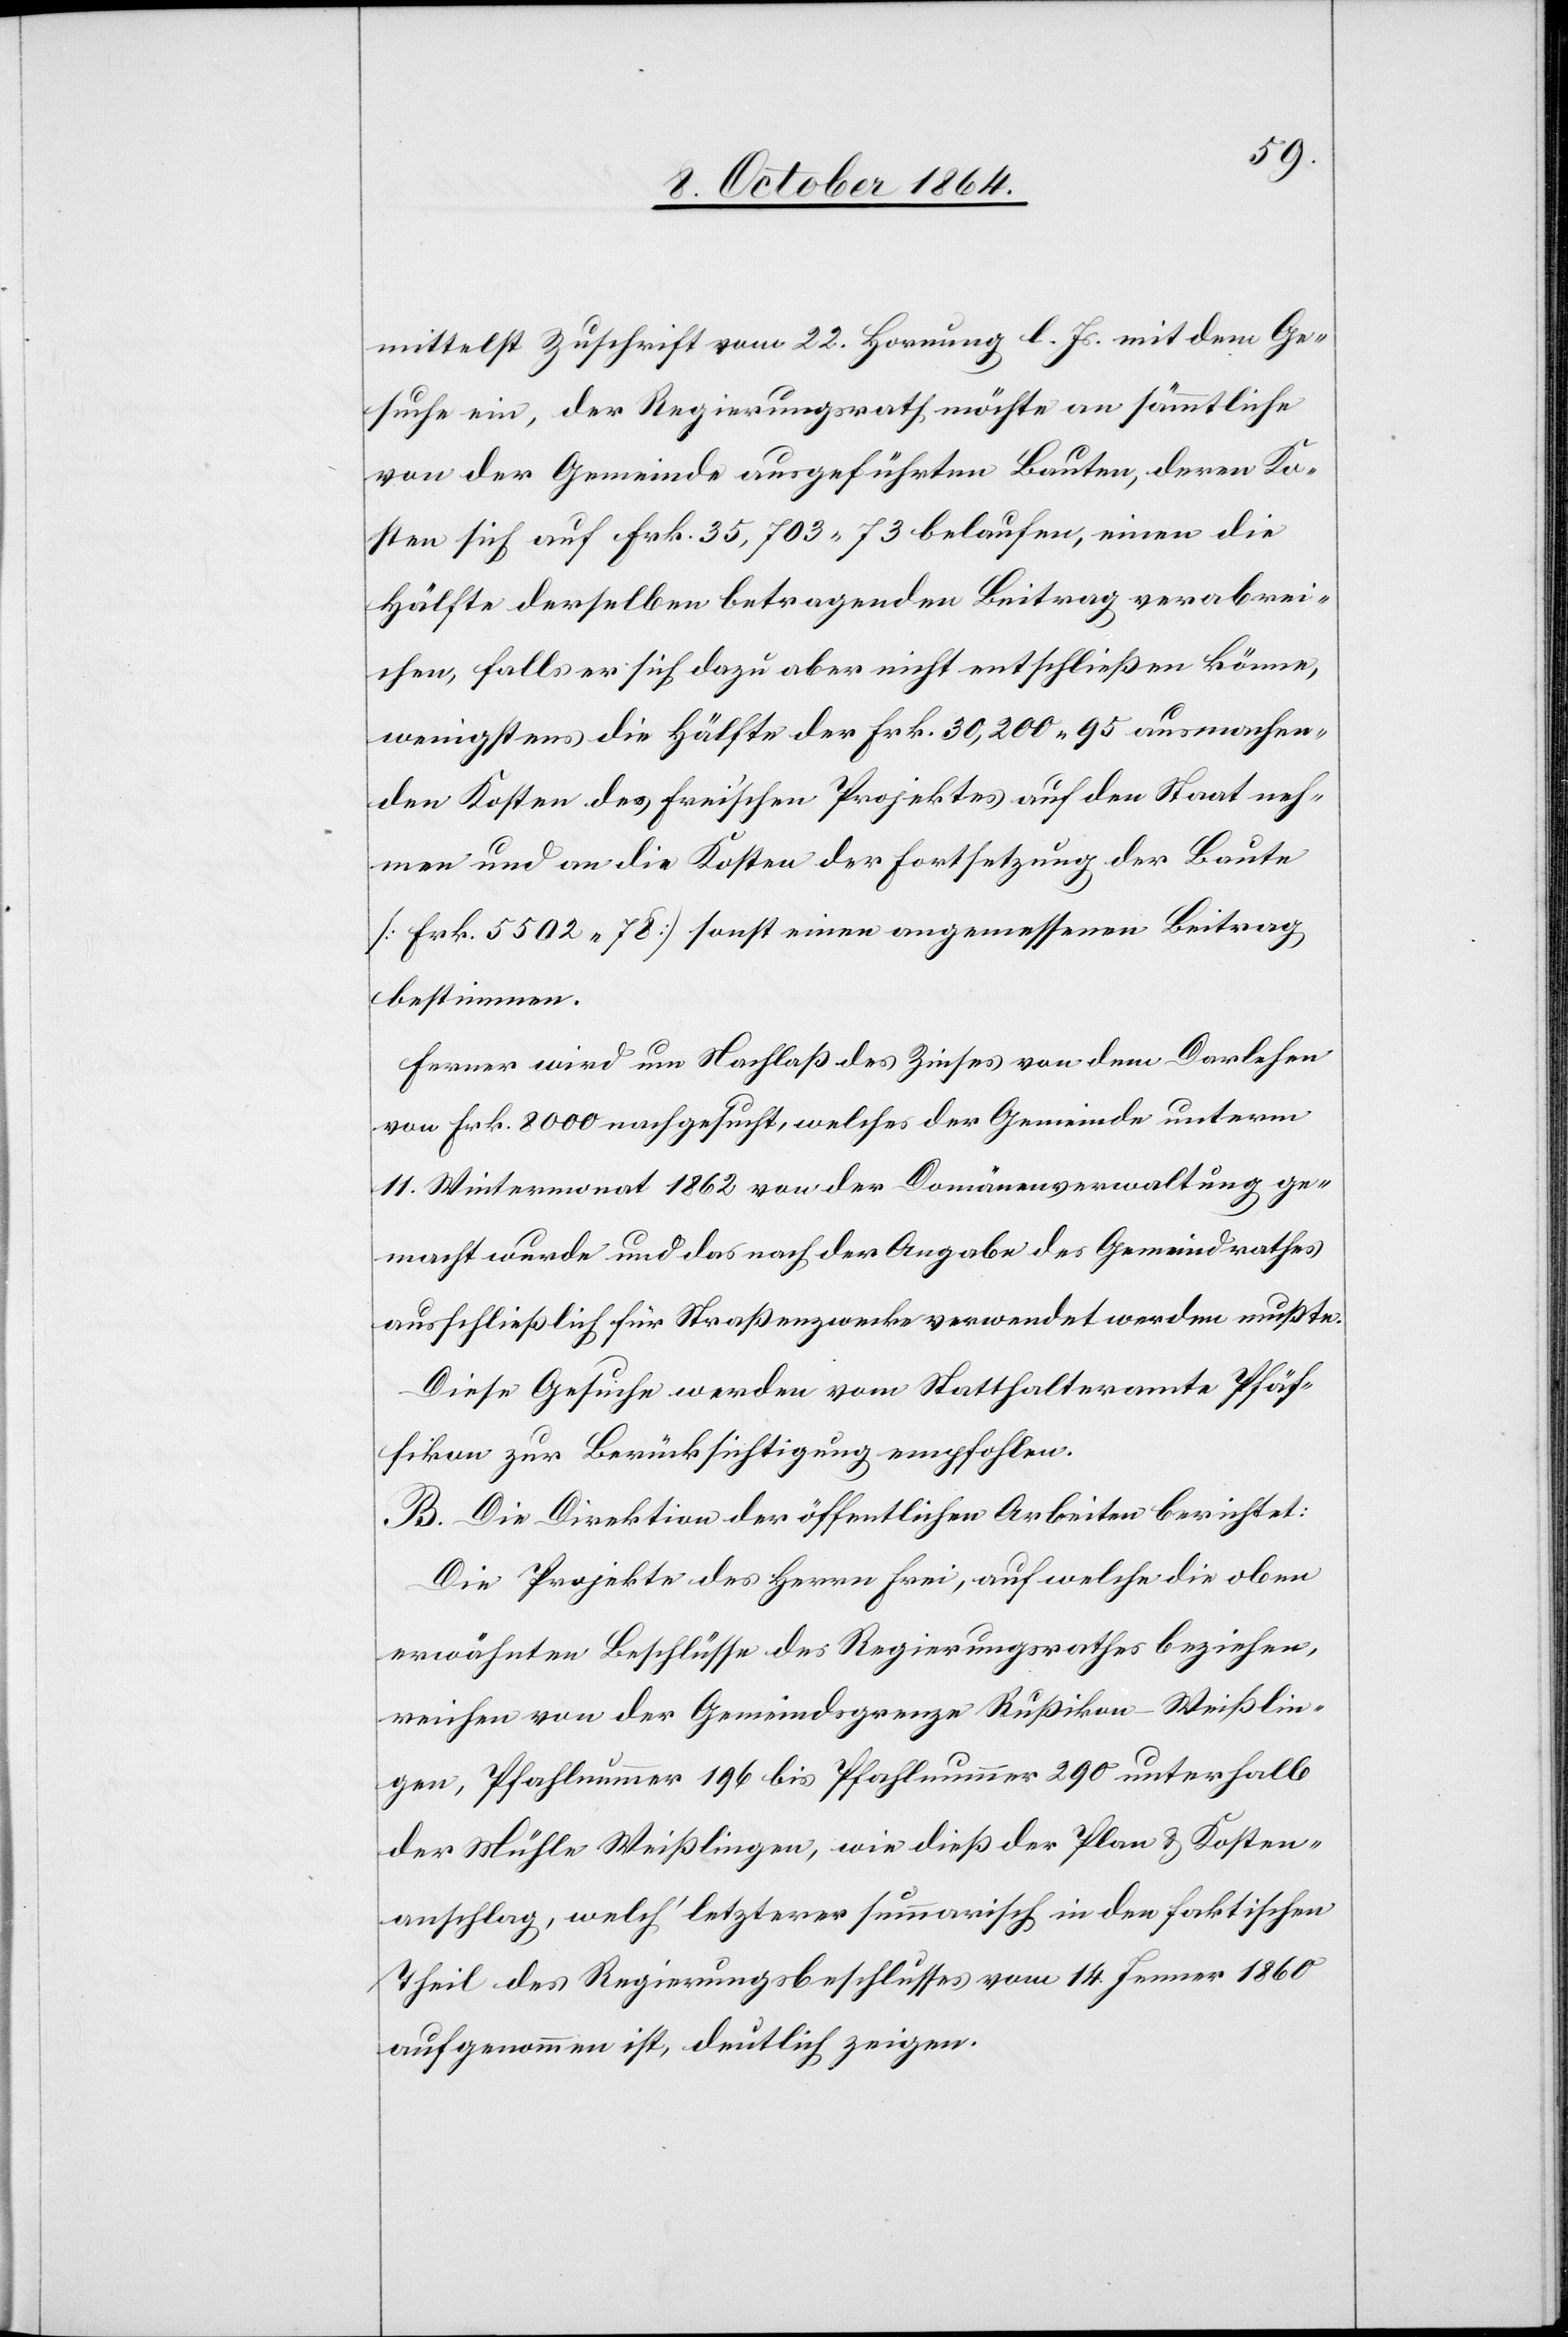
mittelst Zuschrift vom 22. Hornung l. Js. mit dem Ge¬
suche ein, der Regierungsrath möchte an sämmtliche
von der Gemeinde ausgeführten Bauten, deren Ko¬
sten sich auf Frk. 35,703.73 belaufen, einen die
Hälfte derselben betragenden Beitrag verabrei¬
chen, falls er sich dazu aber nicht entschließen könne,
wenigstens die Hälfte der Frk. 30,200.95 ausmachen¬
den Kosten des Frei’schen Projectes auf den Staat neh¬
men und an die Kosten der Fortsetzung der Baute
[Frk. 5502.75] sonst einen angemessenen Beitrag
bestimmen.
Ferner wird um Nachlaß des Zinses von dem Darlehen
von Frk. 8 000 nachgesucht, welches der Gemeinde unterm
11. Wintermonat 1862 von der Domänenverwaltung ge¬
macht wurde und das nach der Angabe des Gemeindrathes
ausschließlich für Straßenzwecke verwendet werden mußte.
Diese Gesuche werden vom Statthalteramte Pfäf¬
fikon zur Berücksichtigung empfohlen.
B. Die Direktion der öffentlichen Arbeiten berichtet:
Die Projekte des Herrn Frei, auf welche [sich] die
erwähnten Beschlüsse des Regierungsrathes beziehen,
reichen von der Gemeindsgrenze Rußikon-Weißlin¬
gen, Pfahlnummer 196 bis Pfahlnummer 290 unterhalb
der Mühle Weißlingen, wie dieß der Plan & Kosten¬
anschlag, welch’ letzterer summarisch in den faktischen
Theil des Regierungsbeschlusses vom 14. Jenner 1860
aufgenommen ist, deutlich zeigen.